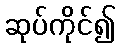
ဆုပ်ကိုင်၍